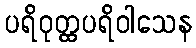
ပရိဝုတ္ထပရိဝါသေန